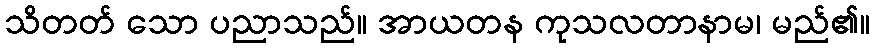
သိတတ် သော ပညာသည်။ အာယတန ကုသလတာနာမ၊ မည်၏။